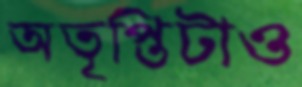
অতৃপ্তিটাও